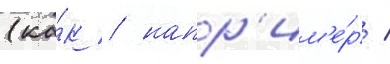
(ка́к / напр'им'е́р /